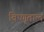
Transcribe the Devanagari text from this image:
विष्णूताल